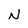
Character: N